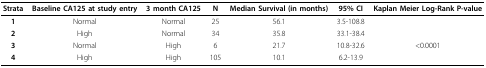
<table><thead><tr><td><b>Strata</b></td><td><b>Baseline CA125 at study entry</b></td><td><b>3 month CA125</b></td><td><b>N</b></td><td><b>Median Survival (in months)</b></td><td><b>95% CI</b></td><td><b>Kaplan Meier Log-Rank P-value</b></td></tr></thead><tbody><tr><td><b>1</b></td><td>Normal</td><td>Normal</td><td>25</td><td>56.1</td><td>3.5-108.8</td><td></td></tr><tr><td><b>2</b></td><td>High</td><td>Normal</td><td>34</td><td>35.8</td><td>33.1-38.4</td><td></td></tr><tr><td><b>3</b></td><td>Normal</td><td>High</td><td>6</td><td>21.7</td><td>10.8-32.6</td><td>&lt;0.0001</td></tr><tr><td><b>4</b></td><td>High</td><td>High</td><td>105</td><td>10.1</td><td>6.2-13.9</td><td></td></tr></tbody></table>